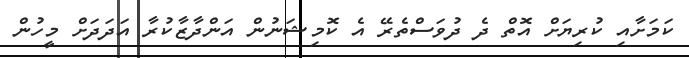
ކަމަށާއި ކުރިޔަށް އޮތް ދެ ދުވަސްތެރޭ އެ ކޮމިޝަނުން އަންދާޒާކުރާ އަދަދަށް މީހުން